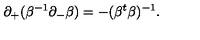
\partial _ { + } ( \beta ^ { - 1 } \partial _ { - } \beta ) = - ( \beta ^ { t } \beta ) ^ { - 1 } .